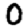
Digit: 0